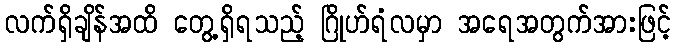
လက်ရှိချိန်အထိ တွေ့ရှိရသည့် ဂြိုဟ်ရံလမှာ အရေအတွက်အားဖြင့်